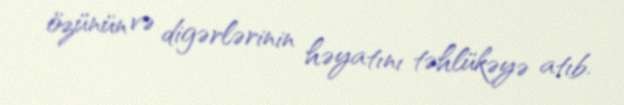
özünün və digərlərinin həyatını təhlükəyə atıb.